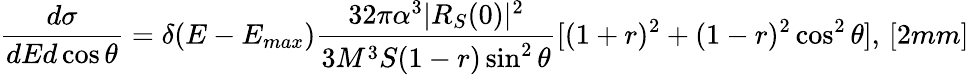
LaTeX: \displaystyle\frac{d\sigma}{dEd\cos\theta}=\delta(E-E_{max})\frac{32\pi\alpha^{3}|R_{S}(0)|^{2}}{3M^{3}S(1-r)\sin^{2}\theta}[(1+r)^{2}+(1-r)^{2}\cos^{2}\theta],\, [2mm]